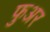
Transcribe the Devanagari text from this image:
फुअर